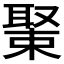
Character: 𦖰